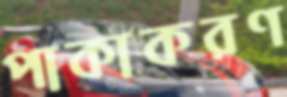
পাকাকরণ